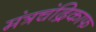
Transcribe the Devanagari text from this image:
मंत्रचंद्रिकाफ